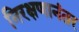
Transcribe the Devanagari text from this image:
निरक्षणानंतर